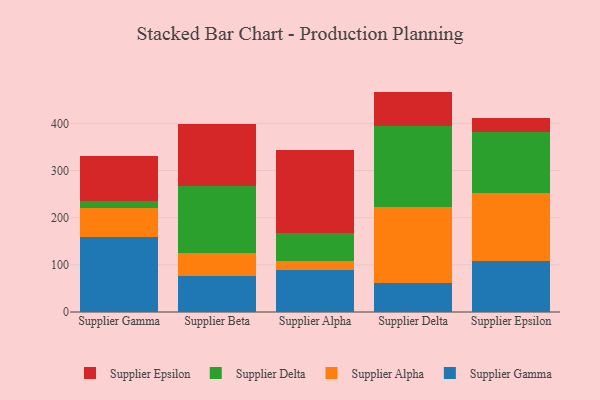
{"axis": {"x": "Supplier", "y": "Latency (ms)"}, "legend": ["Supplier Alpha", "Supplier Delta", "Supplier Epsilon", "Supplier Gamma"], "data": [{"x": "Supplier Gamma", "y": 159.9, "type": "Supplier Gamma"}, {"x": "Supplier Gamma", "y": 60.4, "type": "Supplier Alpha"}, {"x": "Supplier Gamma", "y": 15.9, "type": "Supplier Delta"}, {"x": "Supplier Gamma", "y": 95.5, "type": "Supplier Epsilon"}, {"x": "Supplier Beta", "y": 76.7, "type": "Supplier Gamma"}, {"x": "Supplier Beta", "y": 49.2, "type": "Supplier Alpha"}, {"x": "Supplier Beta", "y": 140.4, "type": "Supplier Delta"}, {"x": "Supplier Beta", "y": 132.3, "type": "Supplier Epsilon"}, {"x": "Supplier Alpha", "y": 89.2, "type": "Supplier Gamma"}, {"x": "Supplier Alpha", "y": 18.3, "type": "Supplier Alpha"}, {"x": "Supplier Alpha", "y": 59.9, "type": "Supplier Delta"}, {"x": "Supplier Alpha", "y": 176.1, "type": "Supplier Epsilon"}, {"x": "Supplier Delta", "y": 61.9, "type": "Supplier Gamma"}, {"x": "Supplier Delta", "y": 159.8, "type": "Supplier Alpha"}, {"x": "Supplier Delta", "y": 173.6, "type": "Supplier Delta"}, {"x": "Supplier Delta", "y": 72.1, "type": "Supplier Epsilon"}, {"x": "Supplier Epsilon", "y": 107.7, "type": "Supplier Gamma"}, {"x": "Supplier Epsilon", "y": 144.3, "type": "Supplier Alpha"}, {"x": "Supplier Epsilon", "y": 130.5, "type": "Supplier Delta"}, {"x": "Supplier Epsilon", "y": 29.6, "type": "Supplier Epsilon"}]}